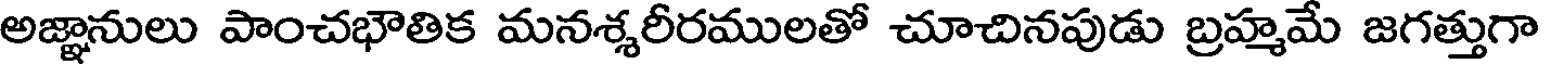
అజ్ఞానులు పాంచభౌతిక మనశ్శరీరములతో చూచినపుడు బ్రహ్మమే జగత్తుగా